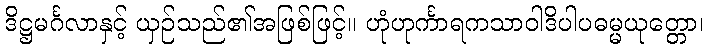
ဒိဋ္ဌမင်္ဂလာနှင့် ယှဉ်သည်၏အဖြစ်ဖြင့်။ ဟုံဟုင်္ကာရကသာဝါဒိပါပဓမ္မယုတ္တော၊